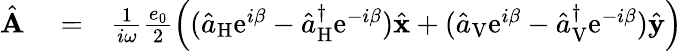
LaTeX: \begin{array}{rlr}{\hat{\mathbf A}}&{{}=}&{\frac{1}{i\omega}\frac{e_{0}}{2}\left((\hat{a}_{\mathrm{H}}\mathrm{e}^{i\beta}-\hat{a}_{\mathrm{H}}^{\dagger}\mathrm{e}^{-i\beta})\hat{\mathbf x}+(\hat{a}_{\mathrm{V}}\mathrm{e}^{i\beta}-\hat{a}_{\mathrm{V}}^{\dagger}\mathrm{e}^{-i\beta})\hat{\mathbf y}\right)}\end{array}